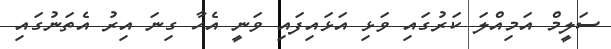
ސަލީމް އަމިއްލަ ކަރުގައި ވަޅި އަޅައިފައި ވަނީ އެހާ ގިނަ އިރު އެތަނުގައި